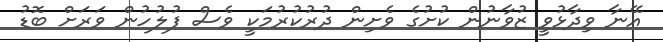
އޭނާ ވިދާޅުވީ ޒުވާނުން ކުށުގެ ވެށިން ދުރުކުރުމަކީ ވެސް ފުލުހުން ވަރަށް ބޮޑު